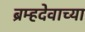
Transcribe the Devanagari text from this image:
ब्रम्हदेवाच्या